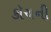
કૉચની